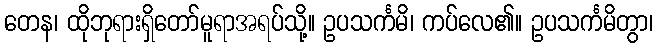
တေန၊ ထိုဘုရားရှိတော်မူရာအရပ်သို့။ ဥပသင်္ကမိ၊ ကပ်လေ၏။ ဥပသင်္ကမိတွာ၊